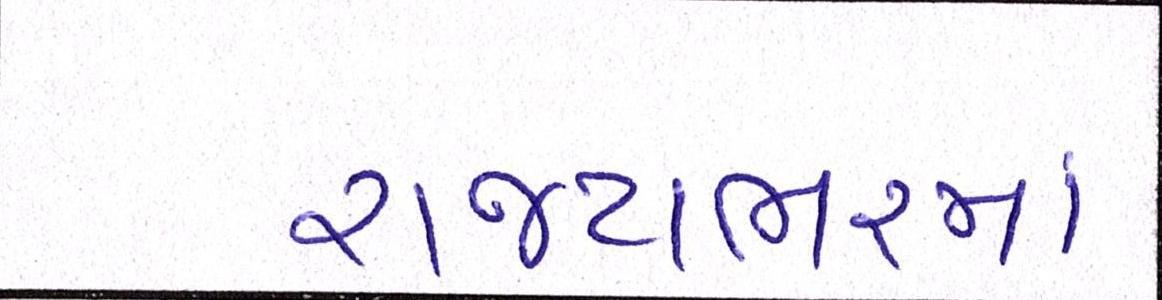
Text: રાજ્યભરમાં